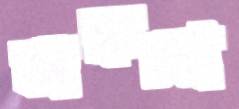
সঙ্কলা